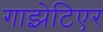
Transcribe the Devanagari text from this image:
गाझेटिएर